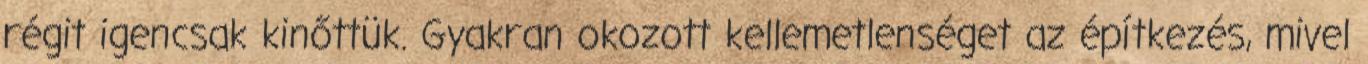
régit igencsak kinőttük. Gyakran okozott kellemetlenséget az építkezés, mivel